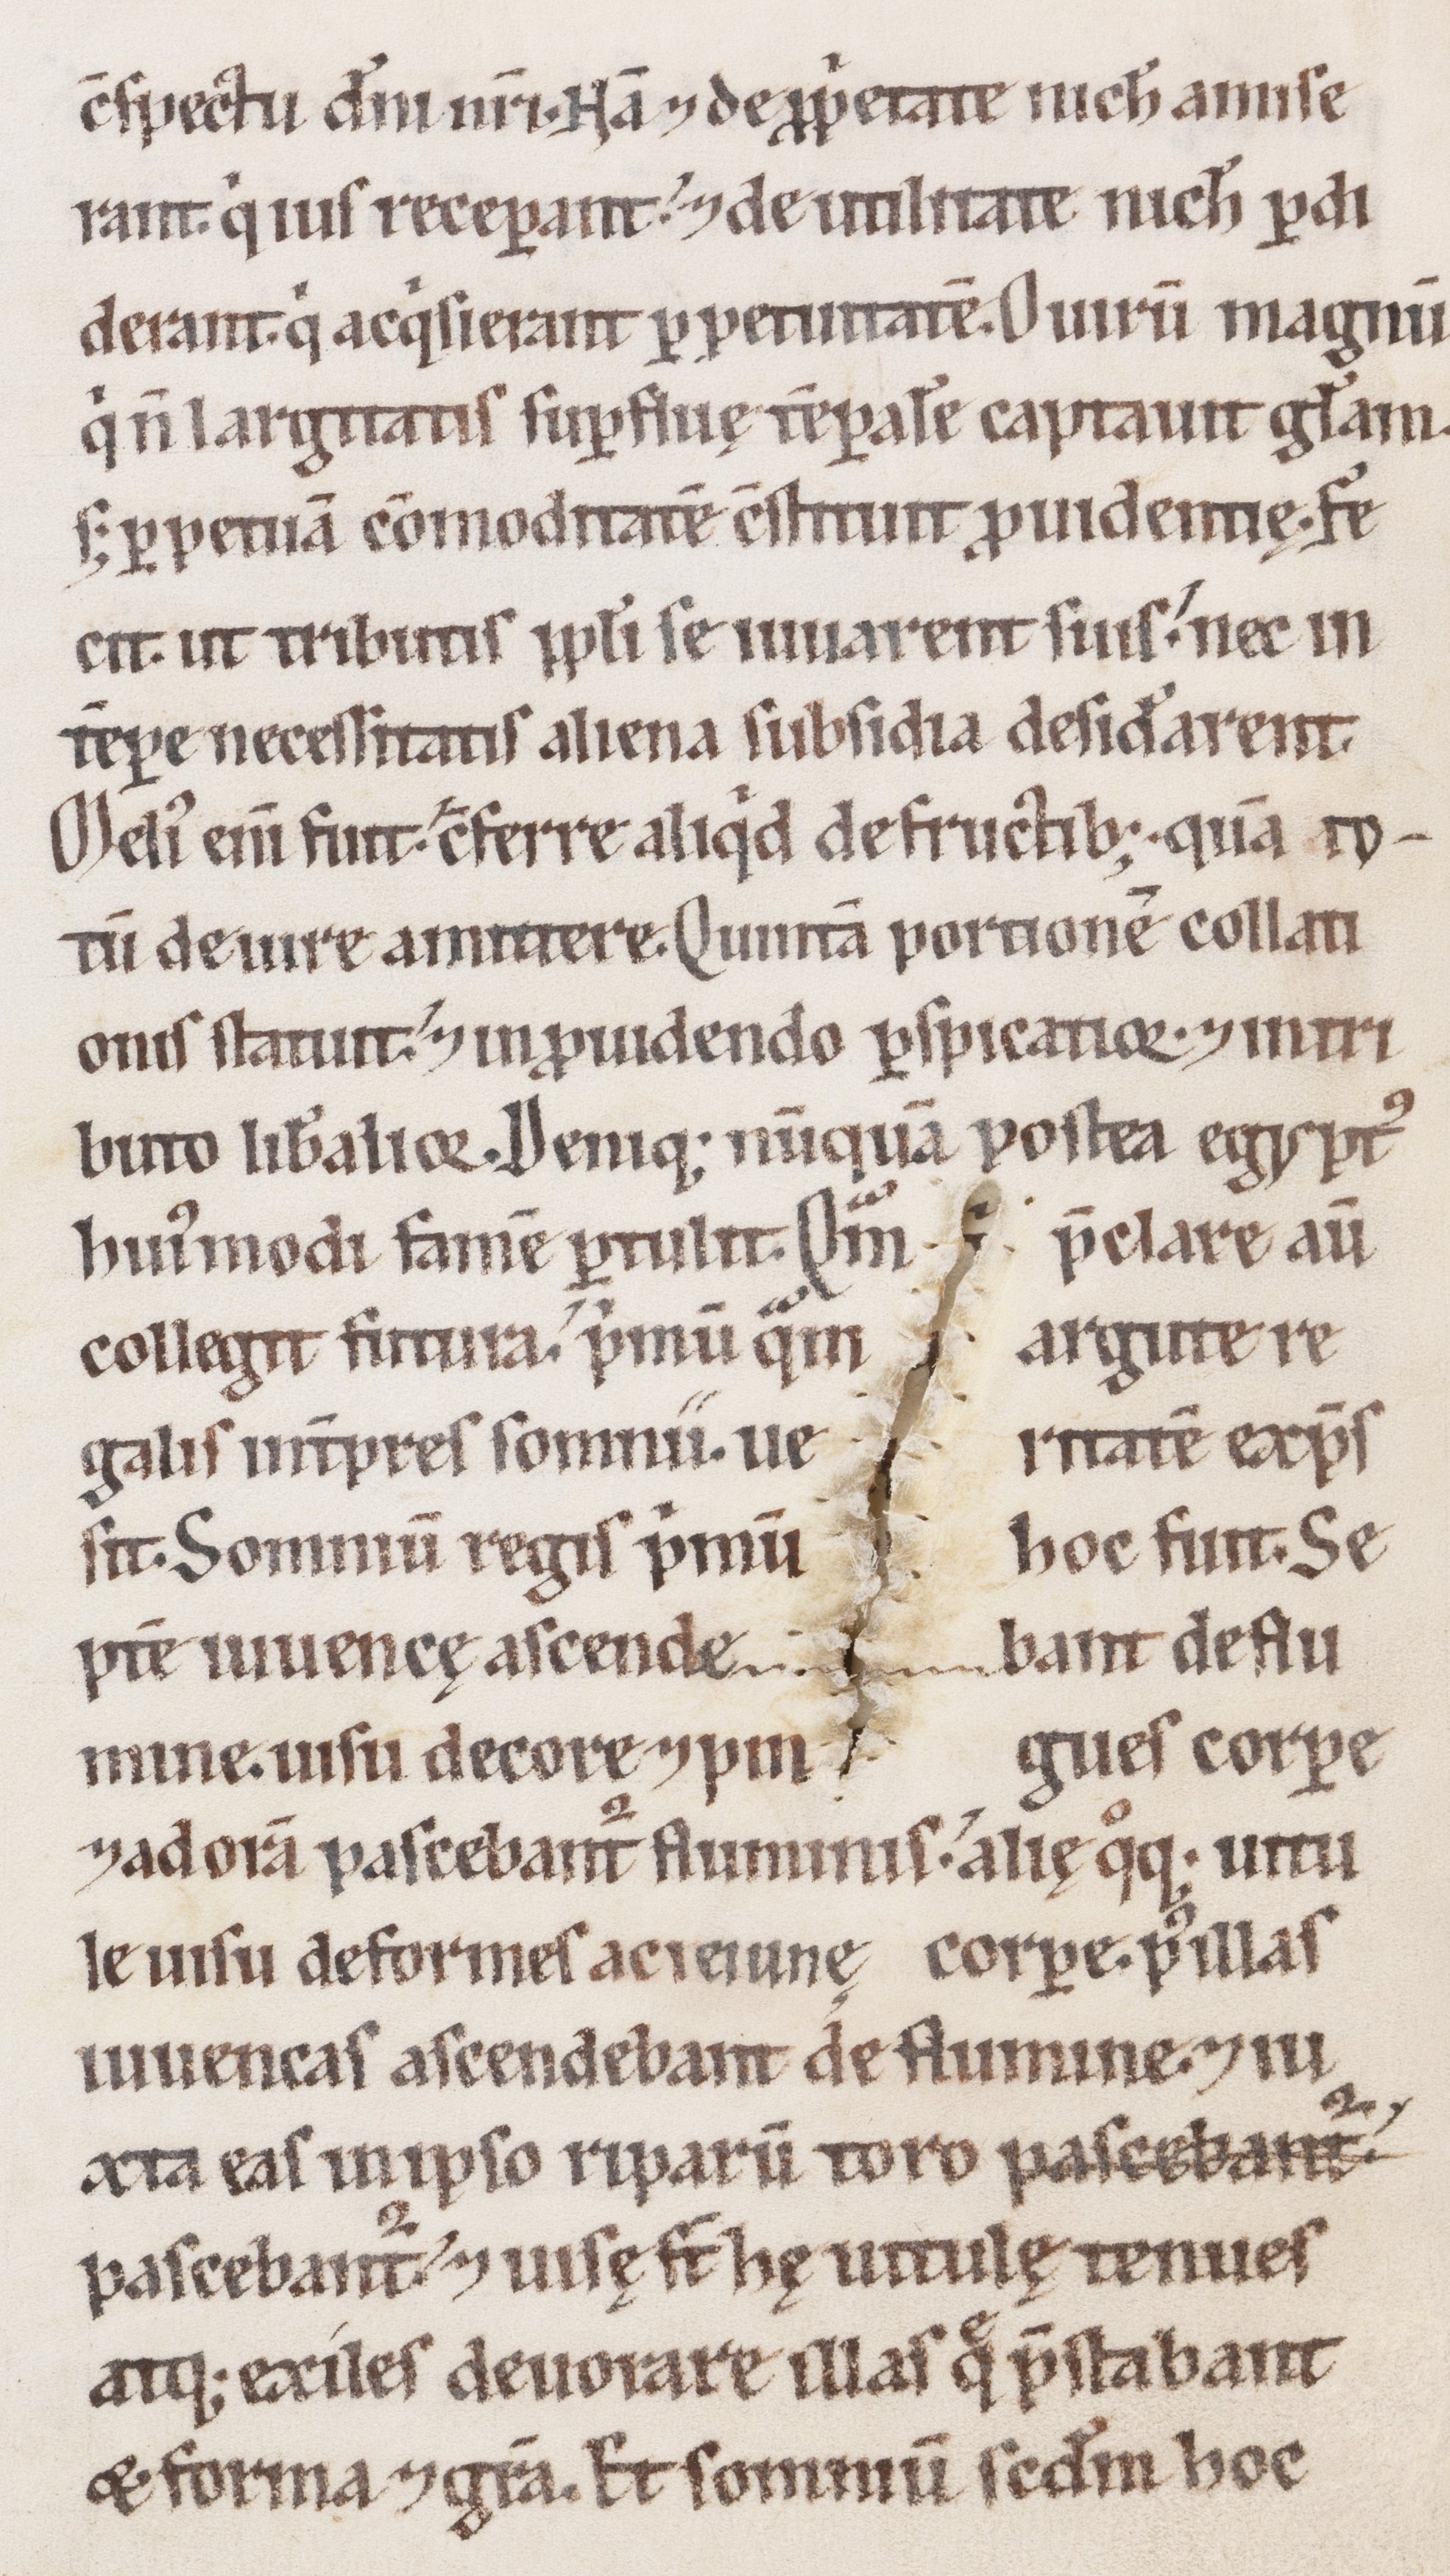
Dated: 1100–1199